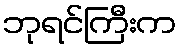
ဘုရင်ကြီးက